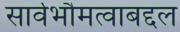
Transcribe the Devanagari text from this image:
सार्वभौमत्वाबद्दल